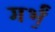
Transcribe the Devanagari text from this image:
गर्भं॒